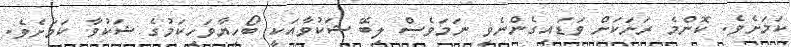
ކަމަށެވެ. ކޮންމެ ރަށަކަށް ވަޑައިގެންނެވި ނަމަވެސް ލިބޭ ޝަކުވާއަކީ ބޯހިޔާވަހިކަމުގެ ޝަކުވާ ކަމަށެވެ.